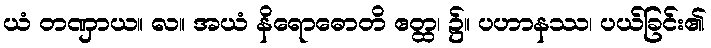
ယံ တဏှာယ။ လ။ အယံ နိရောဓောတိ ဧတ္ထ၊ ၌။ ပဟာနဿ၊ ပယ်ခြင်း၏